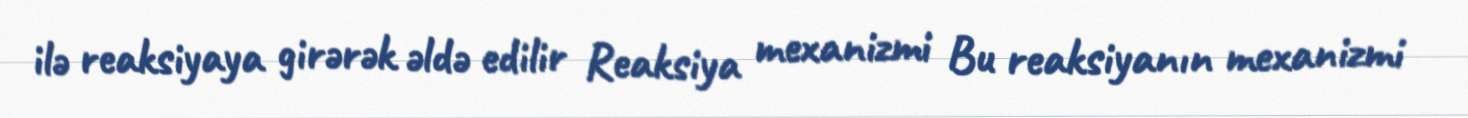
ilə reaksiyaya girərək əldə edilir Reaksiya mexanizmi Bu reaksiyanın mexanizmi